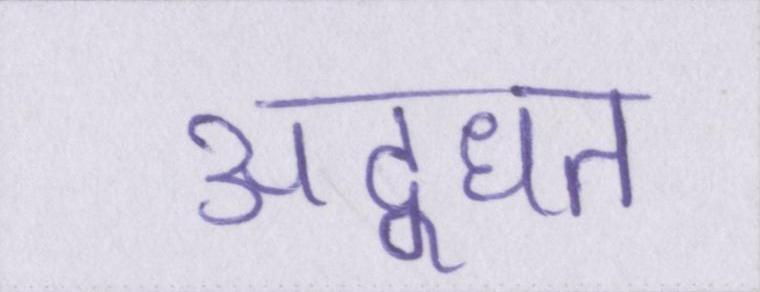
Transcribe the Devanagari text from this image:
उद्धृत